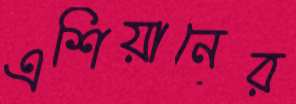
এশিয়ানের